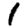
Digit: 1